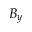
B _ { y }